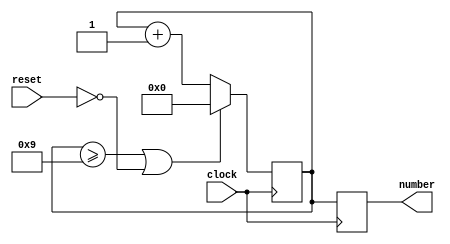
module countM10 (input clock, reset, output reg [3:0] number);

	reg[3:0] count = 4'd0;

	always @ (posedge clock) begin
	
		count <= count + 4'd1;		
		if(count >= 4'd9 || reset == 0)
			count <= 4'd0;
			
		number = count;	
	end

endmodule